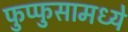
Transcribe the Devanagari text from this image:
फुप्फुसामध्ये